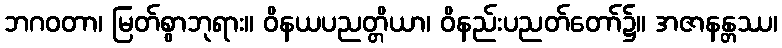
ဘဂဝတာ၊ မြတ်စွာဘုရား။ ဝိနယပညတ္တိယာ၊ ဝိနည်းပညတ်တော်၌။ အဇာနန္တဿ၊